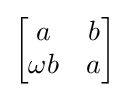
{\begin{bmatrix}a&b\\\omega b&a\end{bmatrix}}